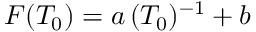
F ( T _ { 0 } ) = a \, ( T _ { 0 } ) ^ { - 1 } + b